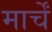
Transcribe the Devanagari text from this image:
मार्चें